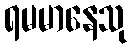
ရမမာနေသု